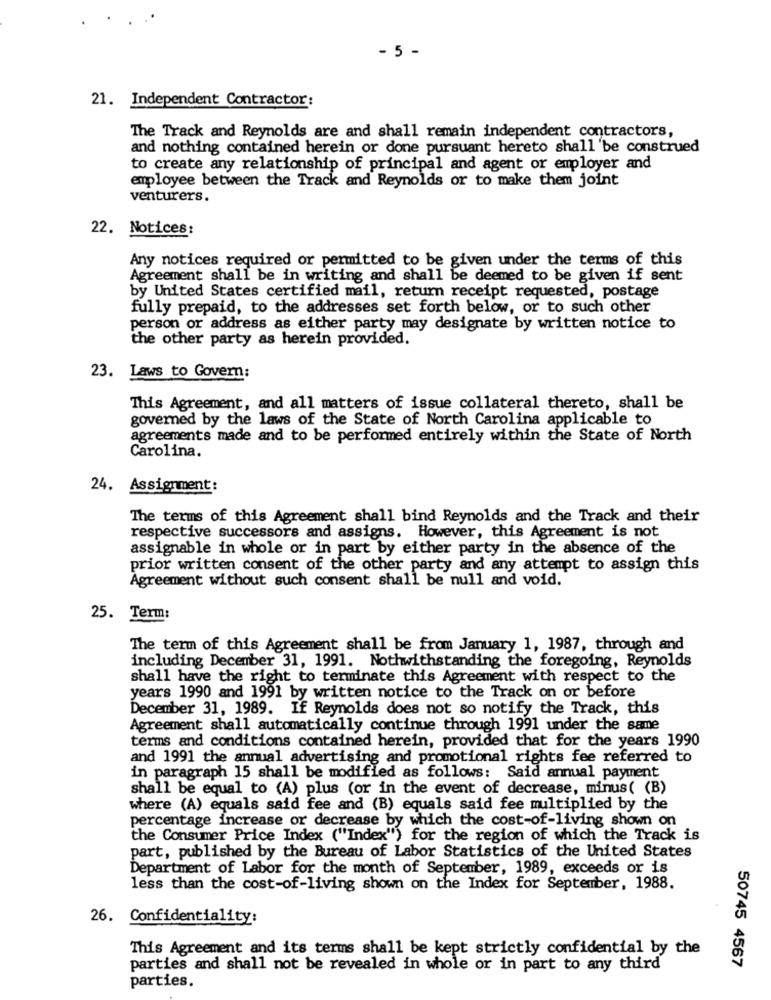
- 5 -
21. Independent Contractor:
The Track and Reynolds are and shall remain independent contractors,
and nothing contained herein or done pursuant hereto shall be construed
to create any relationship of principal and agent or employer and
employee between the Track and Reynolds or to make them joint
venturers.
22. Notices:
Any notices required or permitted to be given under the terms of this
Agreement shall be in writing and shall be deemed to be given if sent
by United States certified mail, return receipt requested, postage
fully prepaid, to the addresses set forth below, or to such other
person or address as either party may designate by written notice to
the other party as herein provided.
23. Laws to Govern:
This Agreement, and all matters of issue collateral thereto, shall be
governed by the laws of the State of North Carolina applicable to
agreements made and to be performed entirely within the State of North
Carolina.
24. Assignment:
The terms of this Agreement shall bind Reynolds and the Track and their
respective successors and assigns. However, this Agreement is not
assignable in whole or in part by either party in the absence of the
prior written consent of the other party and any attempt to assign this
Agreement without such consent shall be null and void.
25. Term:
The term of this Agreement shall be from January 1, 1987, through and
including December 31, 1991. Nothwithstanding the foregoing, Reynolds
shall have the right to terminate this Agreement with respect to the
years 1990 and 1991 by written notice to the Track on or before
December 31, 1989. If Reynolds does not so notify the Track, this
Agreement shall automatically continue through 1991 under the same
terms and conditions contained herein, provided that for the years 1990
and 1991 the annual advertising and promotional rights fee referred to
in paragraph 15 shall be modified as follows: Said annual payment
shall be equal to (A) plus (or in the event of decrease, minus( (B)
where (A) equals said fee and (B) equals said fee multiplied by the
percentage increase or decrease by which the cost-of-living shown on
the Consumer Price Index ("Index") for the region of which the Track is
part, published by the Bureau of Labor Statistics of the United States
Department of Labor for the month of September, 1989, exceeds or is
less than the cost-of-living shown on the Index for September, 1988.
26. Confidentiality:
This Agreement and its terms shall be kept strictly confidential by the
50745 4567
parties and shall not be revealed in whole or in part to any third
parties.